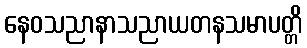
နေဝသညာနာသညာယတနသမာပတ္တိ